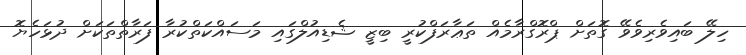
ހިލޭ ބައިވެރިވެވޭ ގޮތަށް ޕްރޮގްރާމެއް ތަޢާރަފްކުރީ ބިޒީ ޝެޑިއުލްގައި މަސައްކަތްކުރާ ފަރާތްތަކަށް ދުޅަހެޔޮ